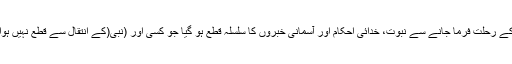
آپ کے رحلت فرما جانے سے نبوت، خدائی احکام اور آسمانی خبروں کا سلسلہ قطع ہو گیا جو کسی اور (نبی(کے انتقال سے قطع نہیں ہوا تھا۔